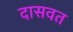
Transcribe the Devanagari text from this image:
दासवत